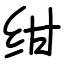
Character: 绀